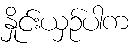
နှိုင်းယှဉ်ပါက